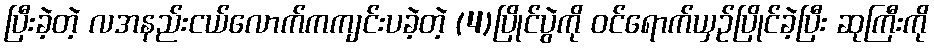
ပြီးခဲ့တဲ့ လအနည်းငယ်လောက်ကကျင်းပခဲ့တဲ့ (4)ပြိုင်ပွဲကို ဝင်ရောက်ယှဉ်ပြိုင်ခဲ့ပြီး ဆုကြီးကို